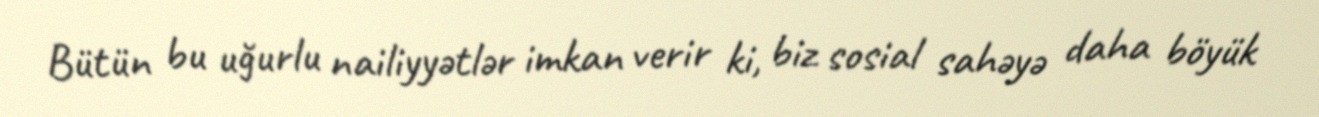
Bütün bu uğurlu nailiyyətlər imkan verir ki, biz sosial sahəyə daha böyük